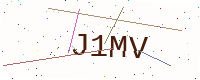
Text: J1MV